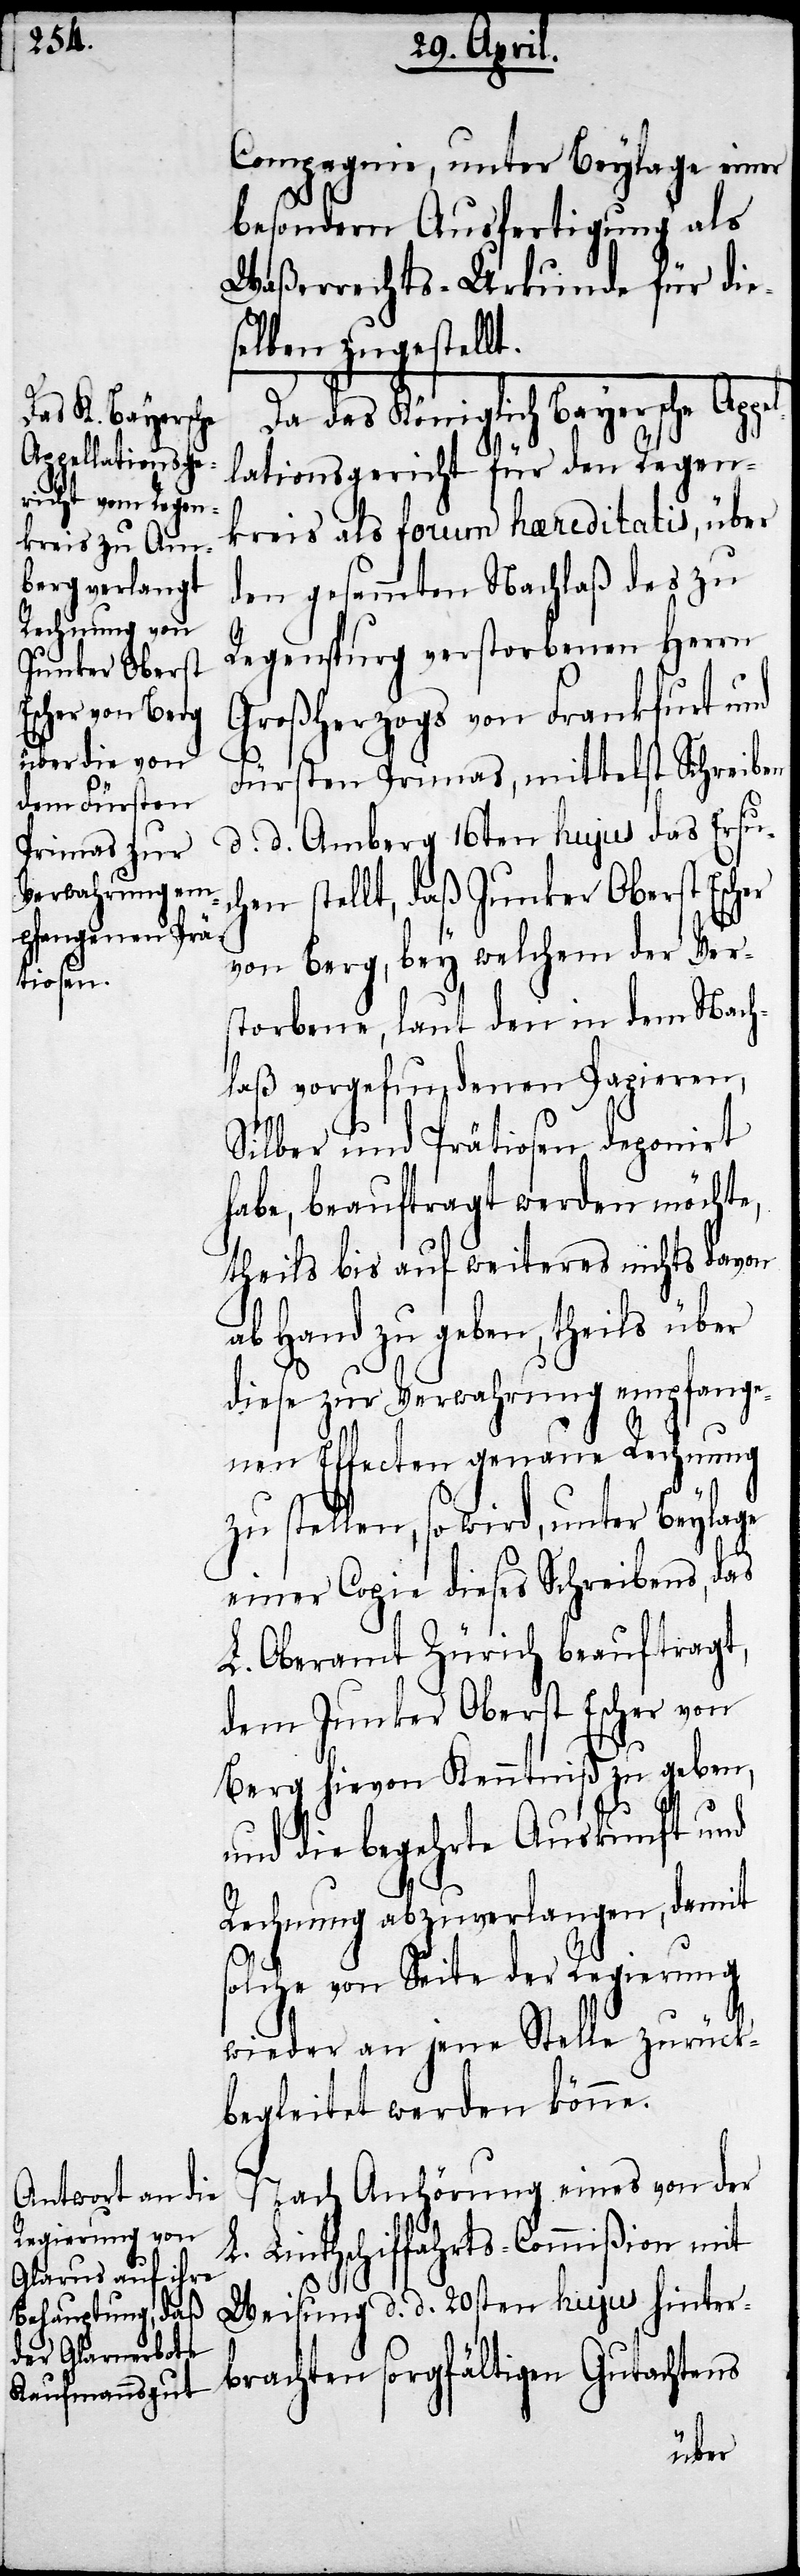
Compagnie, unter Beylage einer
besondern Ausfertigung als
Waßerrechts-Urkunde für die¬
selben zugestellt.
Da das Königlich Bayersche Appel¬
lationsgericht für den Regen¬
kreis als Forum haereditatis, über
den gesammten Nachlaß des zu
Regenspurg verstorbenen Herrn
Großherzogs von Frankfurt und
Fürsten Primas, mittelst Schreiben
d. d. Amberg 16ten hujus das Ersuc¬
hen stellt, daß Junker Oberst Escher
von Berg, bey welchem der Ver¬
storbene, laut den in dem Nach¬
laß vorgefundenen Papieren,
Silber und Prätiosen deponirt
habe, beauftragt werden möchte,
theils bis auf weiteres nichts davon
ab Hand zu geben, theils über
diese zur Verwahrung empfange¬
nen Effecten genaue Rechnung
zu stellen, so wird, unter Beylage
einer Copie dieses Schreibens, das
L. Oberamt Zürich beauftragt,
dem Junker Oberst Escher von
Berg hievon Kenntniß zu geben,
und die begehrte Auskunft und
Rechnung abzuverlangen, damit
solche von Seite der Regierung
wieder an jene Stelle zurück¬
begleitet werden könne.
Nach Anhörung eines von der
L. Linthschiffahrts-Commißion mit
Weisung d. d. 20sten hujus hinter¬
brachten sorgfältigen Gutachtens